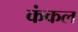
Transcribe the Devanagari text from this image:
कंकल